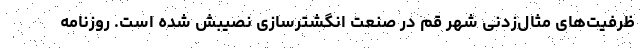
ظرفیت‌های مثال‌زدنی شهر قم در صنعت انگشترسازی نصیبش شده است. روزنامه